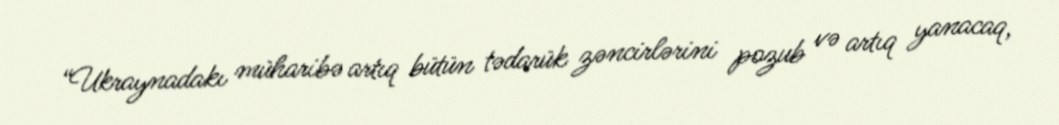
“Ukraynadakı müharibə artıq bütün tədarük zəncirlərini pozub və artıq yanacaq,